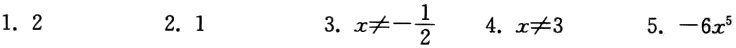
1. \(2\)

2. \(1\)

3. \(x\neq-\frac{1}{2}\)

4. \(x\neq3\)

5. \(-6x^{5}\)